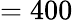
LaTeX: =400